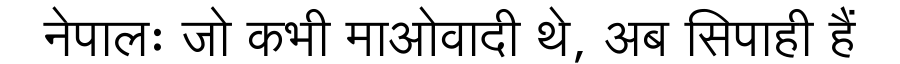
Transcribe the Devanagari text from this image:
नेपालः जो कभी माओवादी थे, अब सिपाही हैं